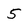
Character: 5